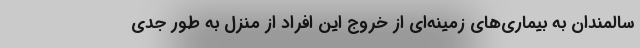
سالمندان به بیماری‌های زمینه‌ای از خروج این افراد از منزل به طور جدی